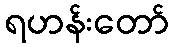
ရဟန်းတော်